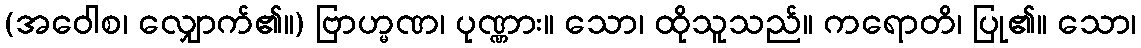
(အဝေါစ၊ လျှောက်၏။) ဗြာဟ္မဏ၊ ပုဏ္ဏား။ သော၊ ထိုသူသည်။ ကရောတိ၊ ပြု၏။ သော၊